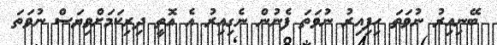
ބޭނިއިރު ނުވަތަ ހިފިއިރު ނުވަތަ ފެނުން ނެގިއިރު އެ އޮތީ ދިރިކަމަށްވިޔަސް ނުވަތަ